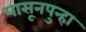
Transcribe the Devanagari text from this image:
पासूनपुन्हा